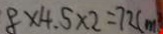
8 \times 4 . 5 \times 2 = 7 2 ( m